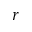
r